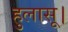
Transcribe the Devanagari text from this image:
हुलासू।